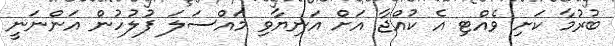
ބުރުމާ ކަށި ވެއްޓި އެ ކުއްޖާ އަށް އަނިޔާވި މައްސަލަ ފުލުހުން އަންނަނީ